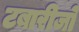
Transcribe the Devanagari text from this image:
टबारीजो